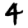
Digit: 4